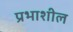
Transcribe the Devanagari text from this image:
प्रभाशील